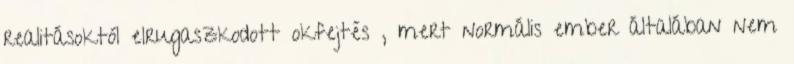
realitásoktól elrugaszkodott okfejtés , mert normális ember általában nem